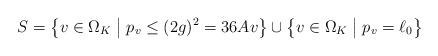
LaTeX: \begin{align*}S = \left\{ v \in \Omega_K \bigm\vert p_v \leq (2g)^2=36 Av \right\} \cup \left\{ v \in \Omega_K \bigm\vert p_v=\ell_0 \right\}\end{align*}